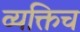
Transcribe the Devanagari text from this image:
व्यक्तिच